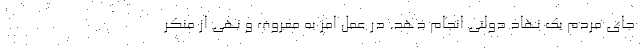
جای مردم یک نهاد دولتی انجام دهد. در عمل امر به معروف و نهی از منکر